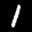
Label: 1